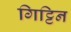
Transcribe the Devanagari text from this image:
गिट्टिन